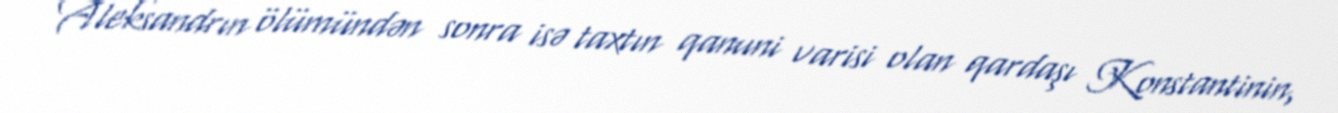
Aleksandrın ölümündən sonra isə taxtın qanuni varisi olan qardaşı Konstantinin,